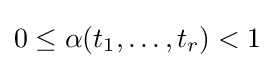
0\leq \alpha (t_{1},\dots ,t_{r})<1